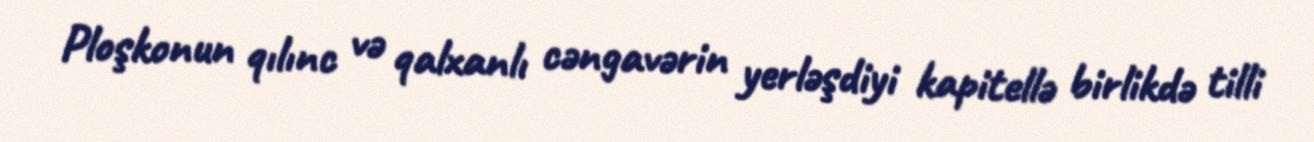
Ploşkonun qılınc və qalxanlı cəngavərin yerləşdiyi kapitellə birlikdə tilli